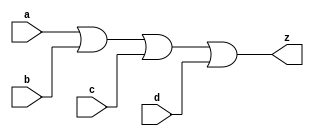
// This program was cloned from: https://github.com/aolofsson/oh
// License: MIT License

//#############################################################################
//# Function: 4 Input Or Gate                                                 #
//#                                                                           #
//# Copyright: OH Project Authors. All rights Reserved.                       #
//# License:  MIT (see LICENSE file in OH repository)                         # 
//#############################################################################

module oh_or4 #(parameter DW = 1 ) // array width
   (
    input [DW-1:0]  a,
    input [DW-1:0]  b,
    input [DW-1:0]  c,
    input [DW-1:0]  d, 
    output [DW-1:0] z
    );
   
   assign z = a | b | c | d;
   
endmodule